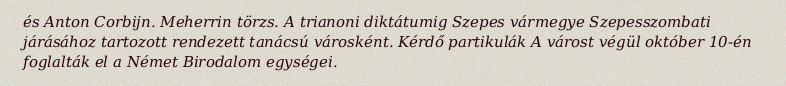
és Anton Corbijn. Meherrin törzs. A trianoni diktátumig Szepes vármegye Szepesszombati járásához tartozott rendezett tanácsú városként. Kérdő partikulák A várost végül október 10-én foglalták el a Német Birodalom egységei.